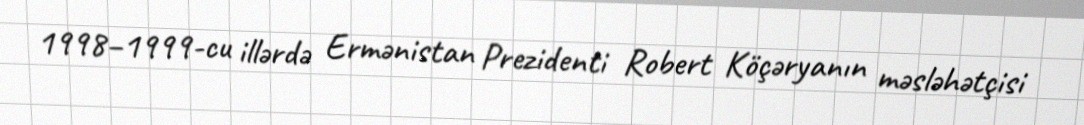
1998–1999-cu illərdə Ermənistan Prezidenti Robert Köçəryanın məsləhətçisi